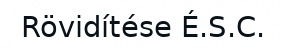
Rövidítése É.S.C.